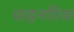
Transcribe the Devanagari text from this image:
पाइनरिज